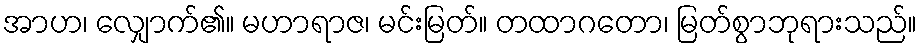
အာဟ၊ လျှောက်၏။ မဟာရာဇ၊ မင်းမြတ်။ တထာဂတော၊ မြတ်စွာဘုရားသည်။